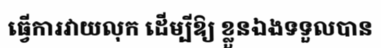
ធ្វើការវាយលុក ដើម្បីឱ្យ ខ្លួនឯងទទួលបាន